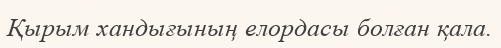
Қырым хандығының елордасы болған қала.